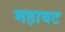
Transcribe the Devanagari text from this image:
महावट